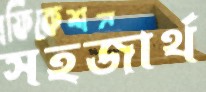
সহজার্থ